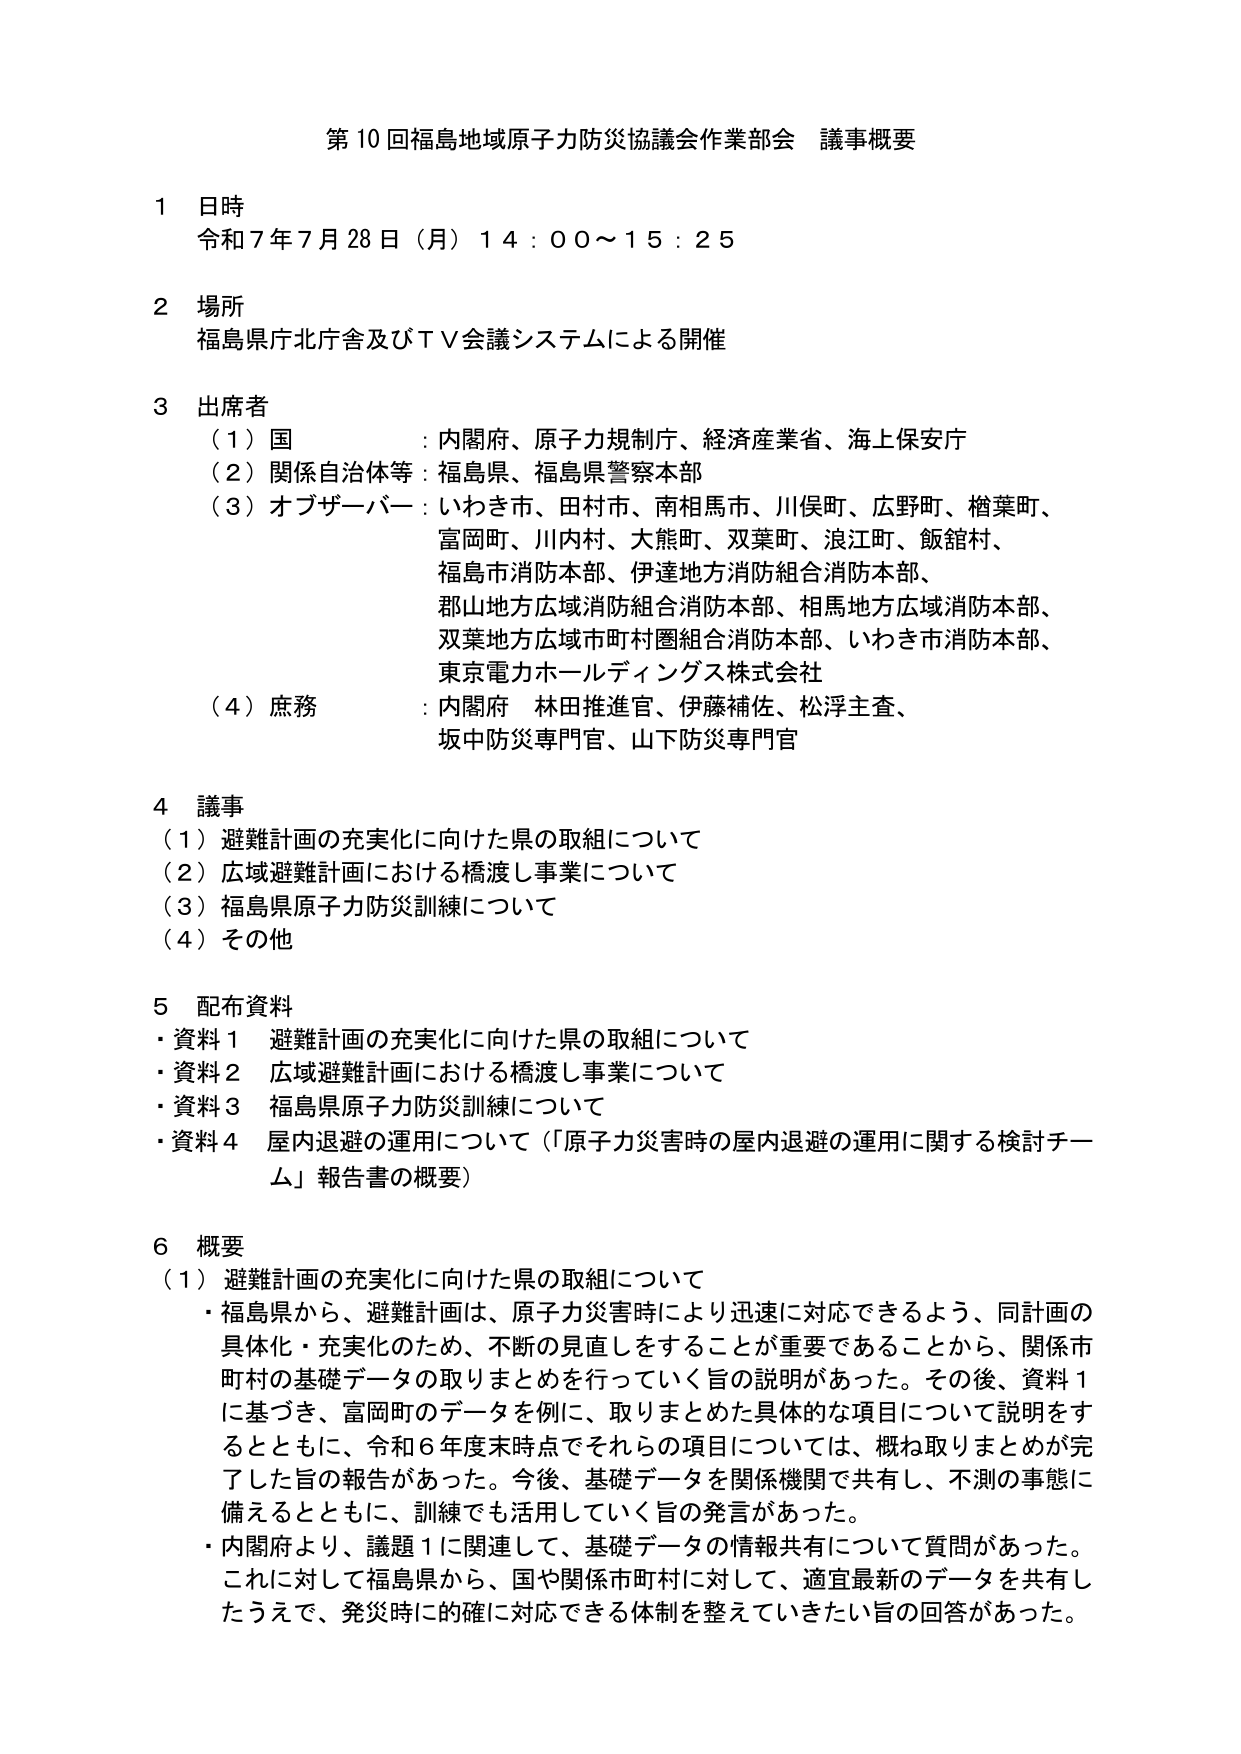
第10回福島地域原子力防災協議会作業部会 議事概要

1 日時
令和7年7月28日（月）14:00～15:25

2 場所
福島県庁北庁舎及びTV会議システムによる開催

3 出席者
（1）国：内閣府、原子力規制庁、経済産業省、海上保安庁
（2）関係自治体等：福島県、福島県警察本部
（3）オブザーバー：いわき市、田村市、南相馬市、川俣町、広野町、楢葉町、
富岡町、川内村、大熊町、双葉町、浪江町、飯舘村、
福島市消防本部、伊達地方消防組合消防本部、
郡山地方広域消防組合消防本部、相馬地方広域消防本部、
双葉地方広域市町村圏組合消防本部、いわき市消防本部、
東京電力ホールディングス株式会社
（4）庶務：内閣府 林田推進官、伊藤補佐、松浮主査、
坂中防災専門官、山下防災専門官

4 議事
（1）避難計画の充実化に向けた県の取組について
（2）広域避難計画における橋渡し事業について
（3）福島県原子力防災訓練について
（4）その他

5 配布資料
・資料1 避難計画の充実化に向けた県の取組について
・資料2 広域避難計画における橋渡し事業について
・資料3 福島県原子力防災訓練について
・資料4 屋内退避の運用について（「原子力災害時の屋内退避の運用に関する検討チーム」報告書の概要）

6 概要
（1）避難計画の充実化に向けた県の取組について
・福島県から、避難計画は、原子力災害時により迅速に対応できるよう、同計画の具現化・充実化のため、不断の見直しをすることが重要であることから、関係市町村の基礎データの取りまとめを行っていく旨の説明があった。その後、資料1に基づき、富岡町のデータを例に、取りまとめた具体的な項目について説明をするとともに、令和6年度末時点でそれらの項目については、概ね取りまとめが完了した旨の報告があった。今後、基礎データを関係機関で共有し、不測の事態に備えるとともに、訓練でも活用していく旨の発言があった。
・内閣府より、議題1に関連して、基礎データの情報共有について質問があった。これに対して福島県から、国や関係市町村に対して、適宜最新のデータを共有したうえで、発災時に的確に対応できる体制を整えていきたい旨の回答があった。